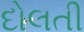
દોલતી